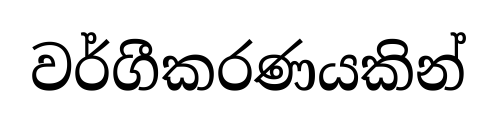
වර්ගීකරණයකින්